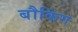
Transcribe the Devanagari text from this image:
बौकिंग